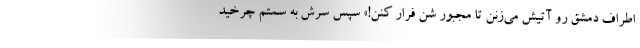
اطراف دمشق رو آتیش می‌زنن تا مجبور شن فرار کنن!» سپس سرش به سمتم چرخید